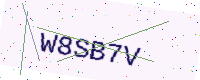
Text: W8SB7V